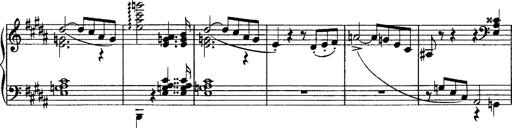
Title: Piano Sonata
Composer: Karl HÃ¤ssler
Key: C major